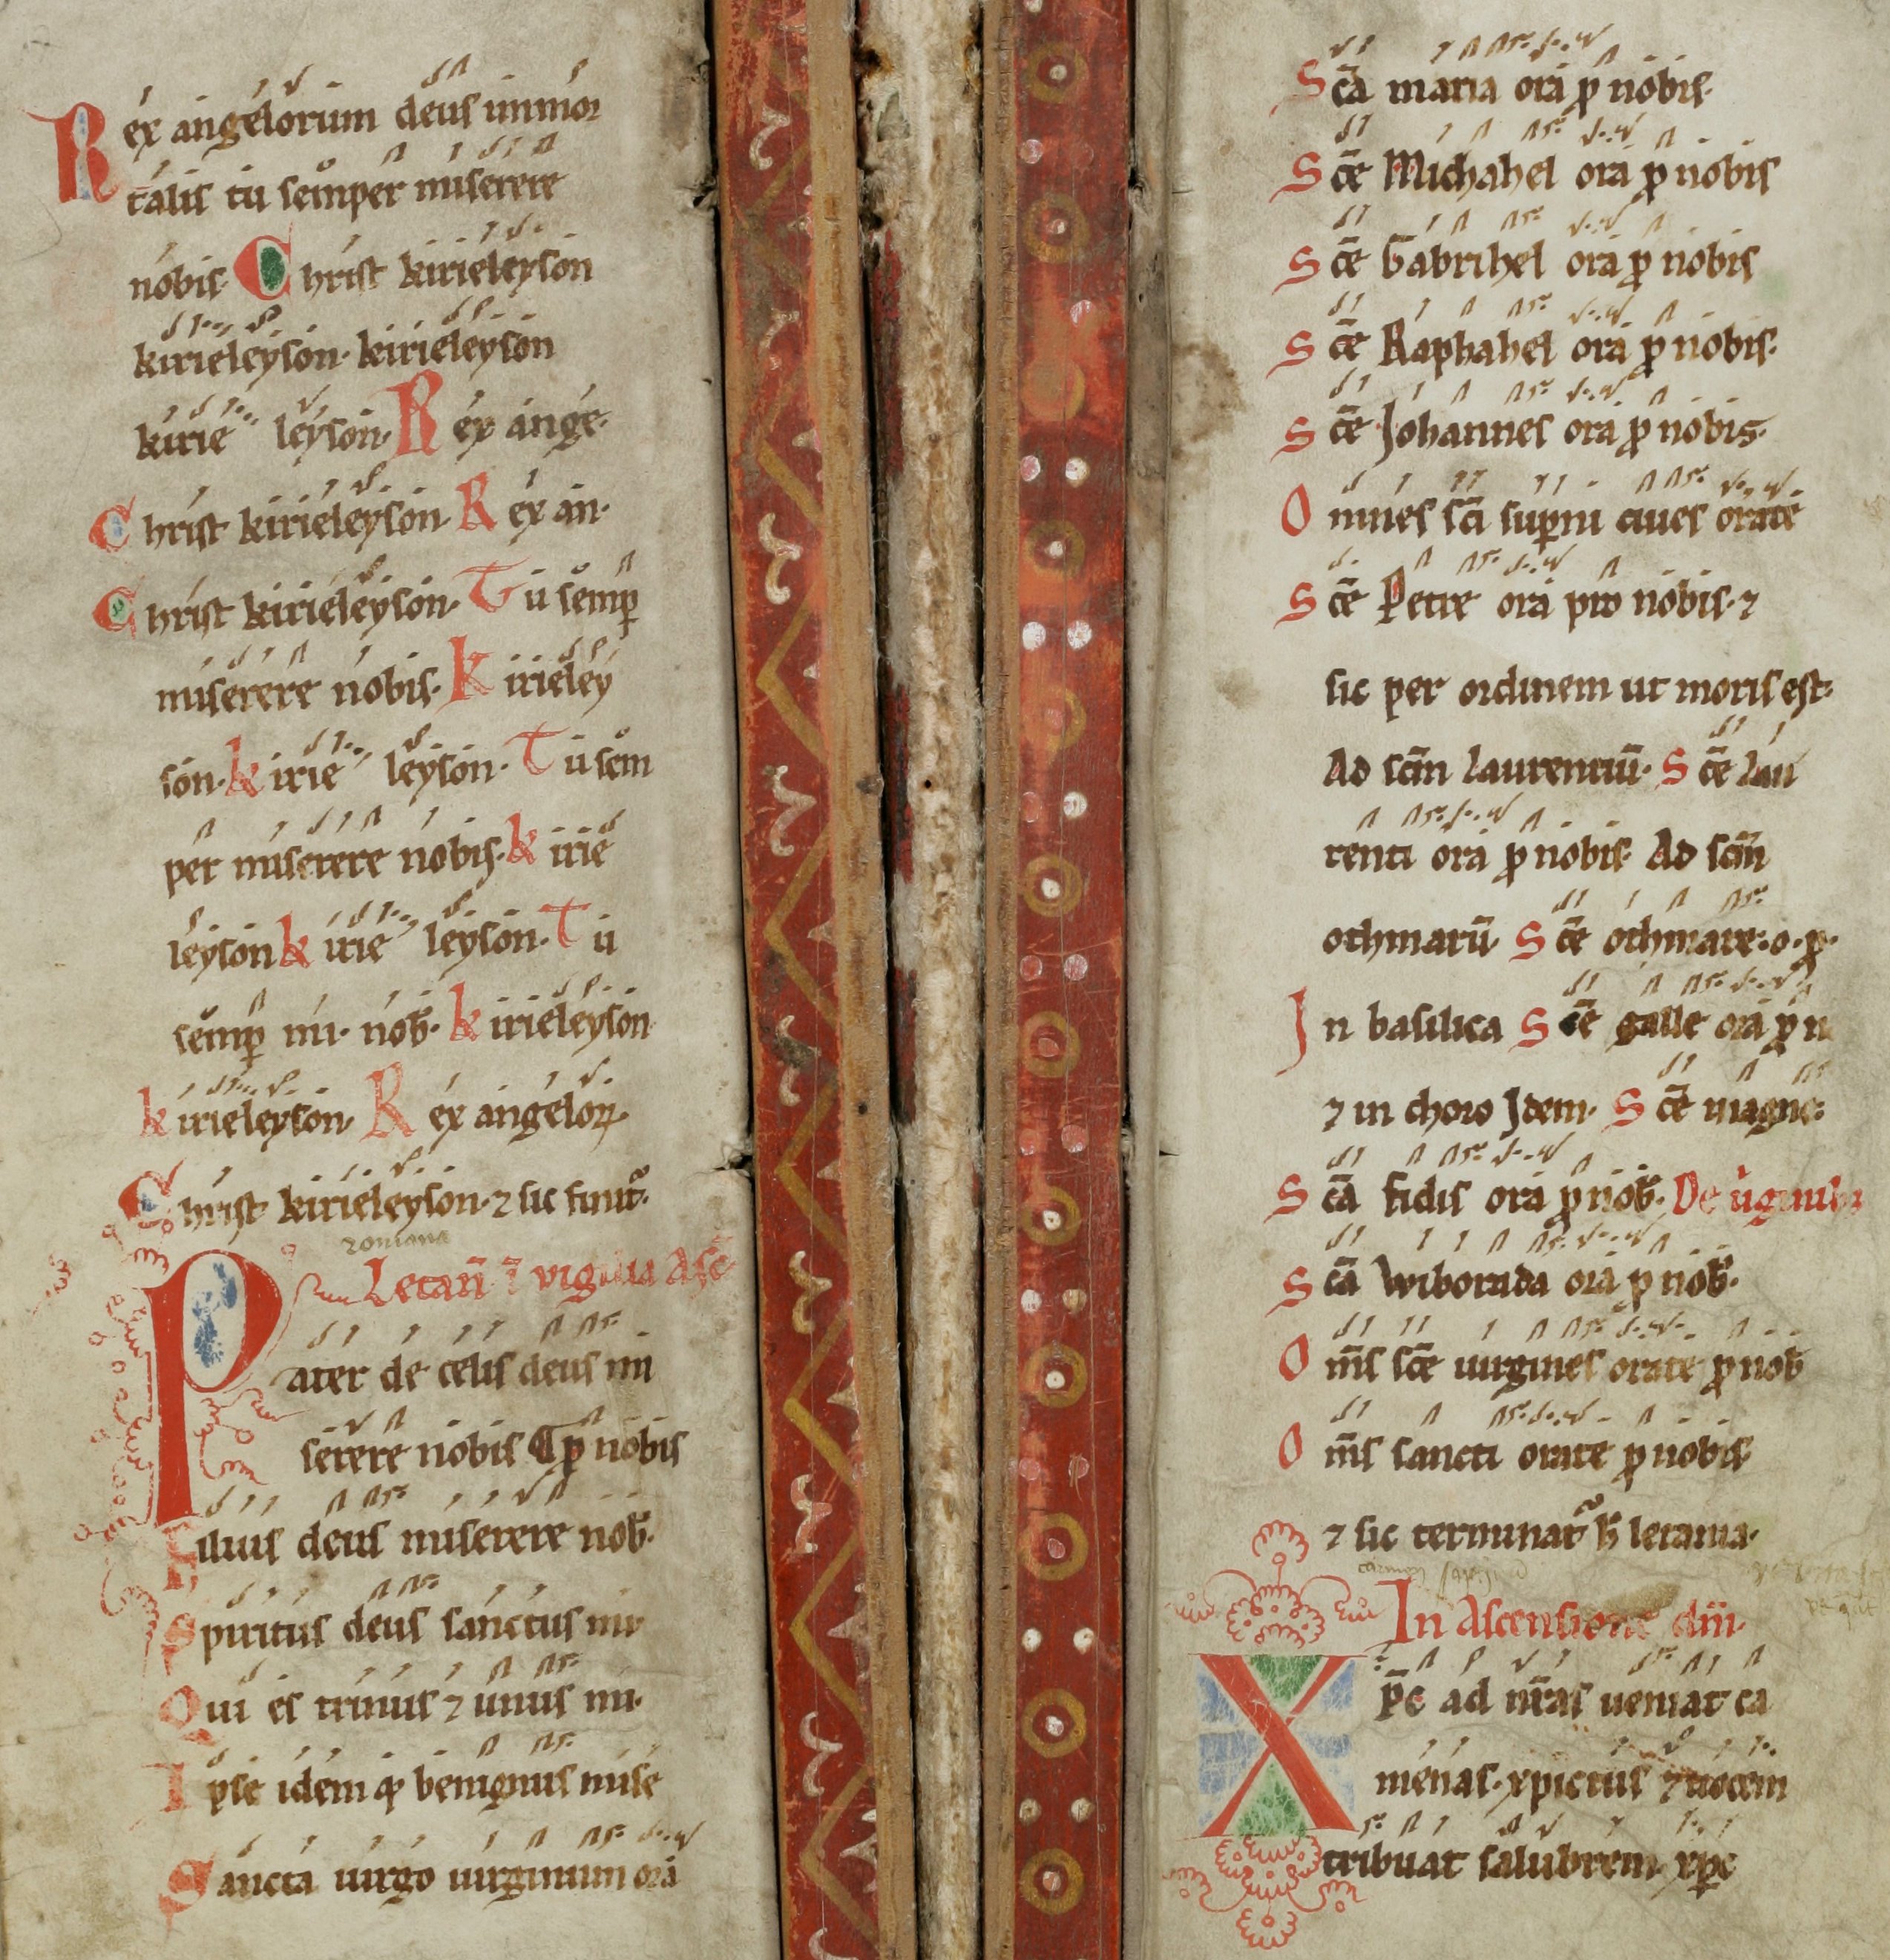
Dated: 1100–1199